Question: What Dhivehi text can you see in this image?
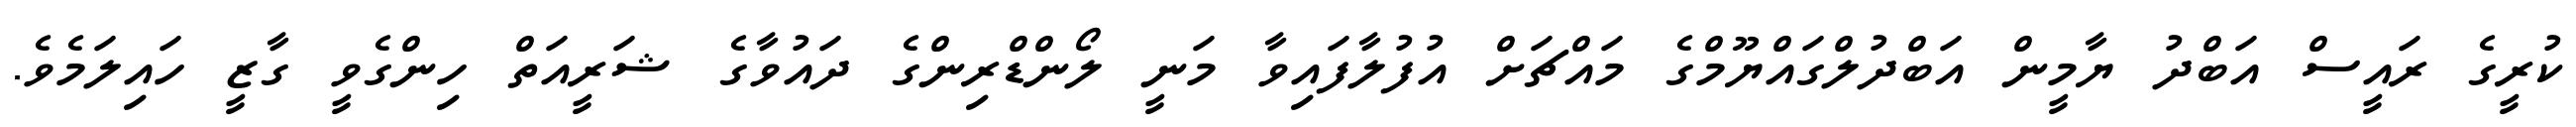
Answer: ކުރީގެ ރައީސް އަބްދު ޔާމީން އަބްދުލްގައްޔޫމްގެ މައްޗަށް އުފުލާފައިވާ މަނީ ލޯންޑްރިންގެ ދައުވާގެ ޝަރީއަތް ހިންގެވީ ގާޒީ ހައިލަމެވެ.